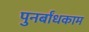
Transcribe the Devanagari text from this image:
पुनर्बांधकाम